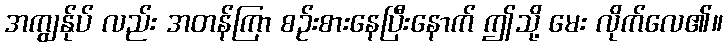
အကျွန်ုပ် လည်း အတန်ကြာ စဉ်းစားနေပြီးနောက် ဤသို့ မေး လိုက်လေ၏။